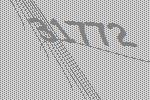
31772